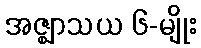
အဇ္ဈာသယ ၆-မျိုး